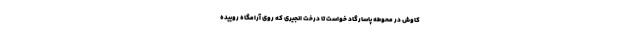
کاوش در محوطه پاسارگاد خواست تا درخت انجیری که روی آرامگاه روییده